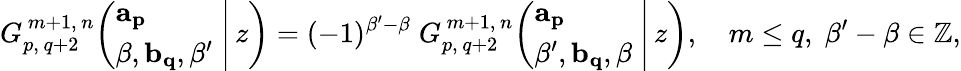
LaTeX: G_{p,\, q+2}^{\, m+1,\, n}\! \left(\left.{\begin{array}{l}{\mathbf{a_{p}}}\\ {\beta,\mathbf{b_{q}},\beta^{\prime}}\end{array}}\; \right|\, z\right)=(-1)^{\beta^{\prime}-\beta}\; G_{p,\, q+2}^{\, m+1,\, n}\! \left(\left.{\begin{array}{l}{\mathbf{a_{p}}}\\ {\beta^{\prime},\mathbf{b_{q}},\beta}\end{array}}\; \right|\, z\right),\quad m\leq q,\; \beta^{\prime}-\beta\in\mathbb{Z},